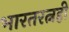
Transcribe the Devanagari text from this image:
भारतरत्नही